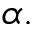
\alpha .